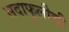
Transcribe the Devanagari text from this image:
सदाफुलीची